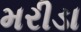
મરીડા